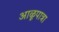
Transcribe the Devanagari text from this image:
आळूपात्रा